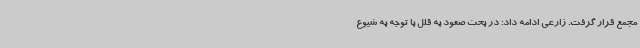
مجمع قرار گرفت. زارعی ادامه داد: در بحث صعود به قلل با توجه به شیوع